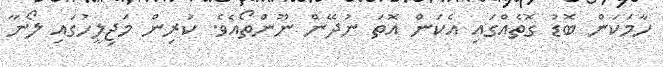
ހާމަކަން ބޮޑު ގޮތެއްގައި އެކަން އޮތަ ނުދޭން ނޫންތޯއެވެ. ކުރިން މަޖިލީހުގައި ލޯނާ